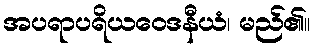
အပရာပရိယဝေဒနီယံ၊ မည်၏။